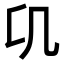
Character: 𭂪